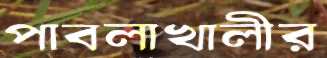
পাবলাখালীর